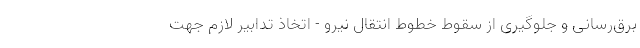
برق‌رسانی و جلوگیری از سقوط خطوط انتقال نیرو - اتخاذ تدابیر لازم جهت